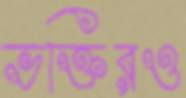
ভক্তিরও